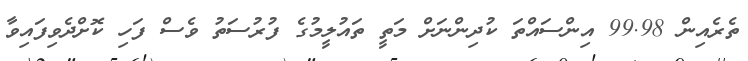
ތެރެއިން 99.98 އިންސައްތަ ކުދިންނަށް މަތީ ތައުލީމުގެ ފުރުސަތު ވެސް ފަހި ކޮށްދެވިފައިވާ